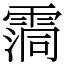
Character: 霘